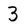
Character: 3